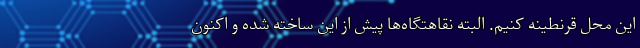
این محل قرنطینه کنیم. البته نقاهتگاه‌ها پیش از این ساخته شده و اکنون